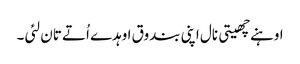
اوہنے چھیتی نال اپنی بندوق اوہدے اُتے تان لئی ۔